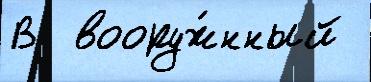
В  вооруж́нный